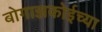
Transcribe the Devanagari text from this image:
बोगाझकोईच्या